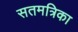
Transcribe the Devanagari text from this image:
सतमत्रिका